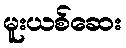
မူးယစ်ဆေး